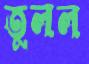
তুলল